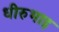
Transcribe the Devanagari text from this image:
धीरुभाइ